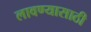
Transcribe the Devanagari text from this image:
लावण्‍यासाठी